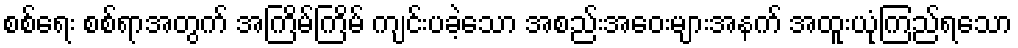
စစ်ရေး စစ်ရာအတွက် အကြိမ်ကြိမ် ကျင်းပခဲ့သော အစည်းအဝေးများအနက် အထူးယုံကြည်ရသော